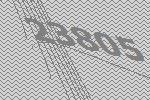
23805